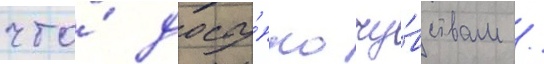
что́ досту́пно чу́вствам /